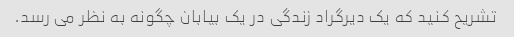
تشریح کنید که یک دیرگراد زندگی در یک بیابان چگونه به نظر می رسد.